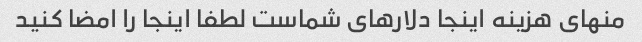
منهای هزینه اینجا دلارهای شماست لطفا اینجا را امضا کنید